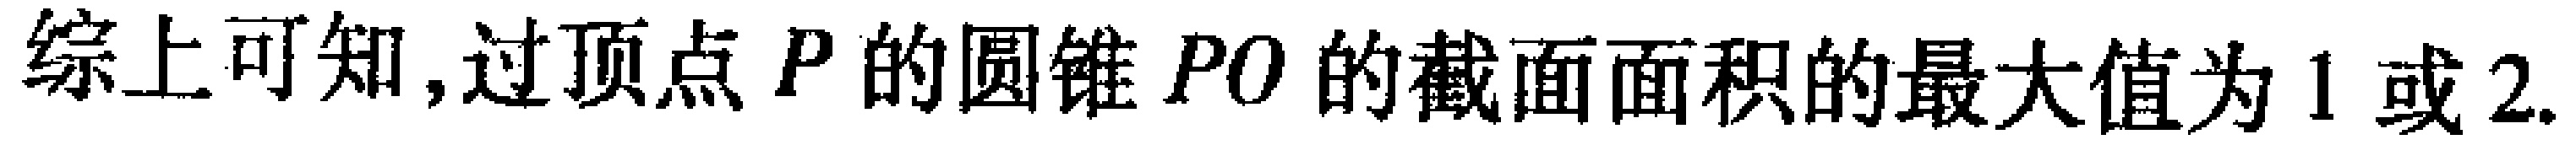
综上可知,过顶点\(P\)的圆锥\(PO\)的截面面积的最大值为\(1\)或\(2\).